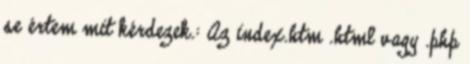
se értem mit kérdezek.: Az index.htm .html vagy .php